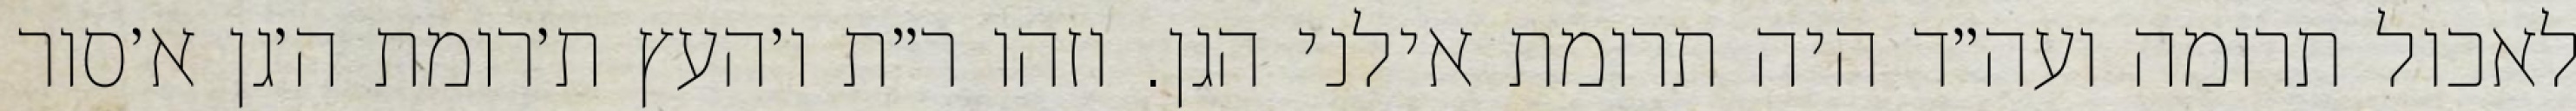
לאכול תרומה ועה״ד היה תרומת אילני הגן. וזהו ר״ת ו׳העץ ת׳רומת ה׳גן א׳סור